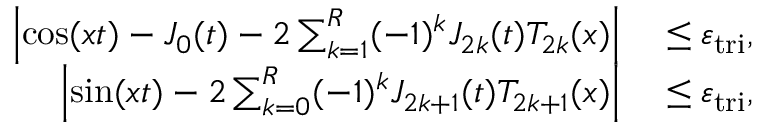
\begin{array} { r l } { \left| \cos ( x t ) - J _ { 0 } ( t ) - 2 \sum _ { k = 1 } ^ { R } ( - 1 ) ^ { k } J _ { 2 k } ( t ) T _ { 2 k } ( x ) \right| } & { { } \leq \varepsilon _ { \mathrm { t r i } } , } \\ { \left| \sin ( x t ) - 2 \sum _ { k = 0 } ^ { R } ( - 1 ) ^ { k } J _ { 2 k + 1 } ( t ) T _ { 2 k + 1 } ( x ) \right| } & { { } \leq \varepsilon _ { \mathrm { t r i } } , } \end{array}